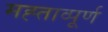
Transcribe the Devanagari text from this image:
मह्ताव्पूर्ण